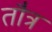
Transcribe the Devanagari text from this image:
तौत्र